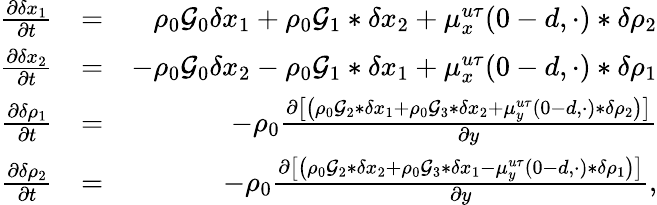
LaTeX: \begin{array}{rlr}{\frac{\partial\delta x_{1}}{\partial t}}&{=}&{\rho_{0}\mathcal{G}_{0}\delta x_{1}+\rho_{0}\mathcal{G}_{1}*\delta x_{2}+\mu_{x}^{u\tau}(0-d,\cdot)*\delta\rho_{2}}\\ {\frac{\partial\delta x_{2}}{\partial t}}&{=}&{-\rho_{0}\mathcal{G}_{0}\delta x_{2}-\rho_{0}\mathcal{G}_{1}*\delta x_{1}+\mu_{x}^{u\tau}(0-d,\cdot)*\delta\rho_{1}}\\ {\frac{\partial\delta\rho_{1}}{\partial t}}&{=}&{-\rho_{0}\frac{\partial\left[\left(\rho_{0}\mathcal{G}_{2}*\delta x_{1}+\rho_{0}\mathcal{G}_{3}*\delta x_{2}+\mu_{y}^{u\tau}(0-d,\cdot)*\delta\rho_{2}\right)\right]}{\partial y}}\\ {\frac{\partial\delta\rho_{2}}{\partial t}}&{=}&{-\rho_{0}\frac{\partial\left[\left(\rho_{0}\mathcal{G}_{2}*\delta x_{2}+\rho_{0}\mathcal{G}_{3}*\delta x_{1}-\mu_{y}^{u\tau}(0-d,\cdot)*\delta\rho_{1}\right)\right]}{\partial y},}\end{array}